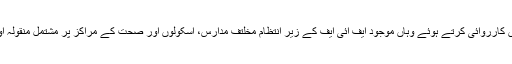
پنجاب حکومت نے جماعت الدعوۃ کے مرکز مرید کے میں کارروائی کرتے ہوئے وہاں موجود ایف آئی ایف کے زیر انتظام مخلتف مدارس، اسکولوں اور صحت کے مراکز پر مشتمل منقولہ اور غیر منقولہ جائیدادوں کا کنٹرول اپنے قبضے میں لے لیا۔